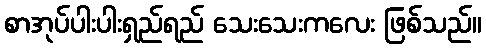
စာအုပ်ပါးပါးရှည်ရည် သေးသေးကလေး ဖြစ်သည်။